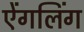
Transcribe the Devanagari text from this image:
ऐंगलिंग